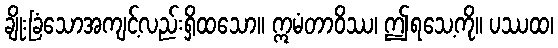
ချိုးခြံသောအကျင့်လည်းရှိထသော။ ဣမံတာဝိဿ၊ ဤရသေ့ကို။ ပဿထ၊